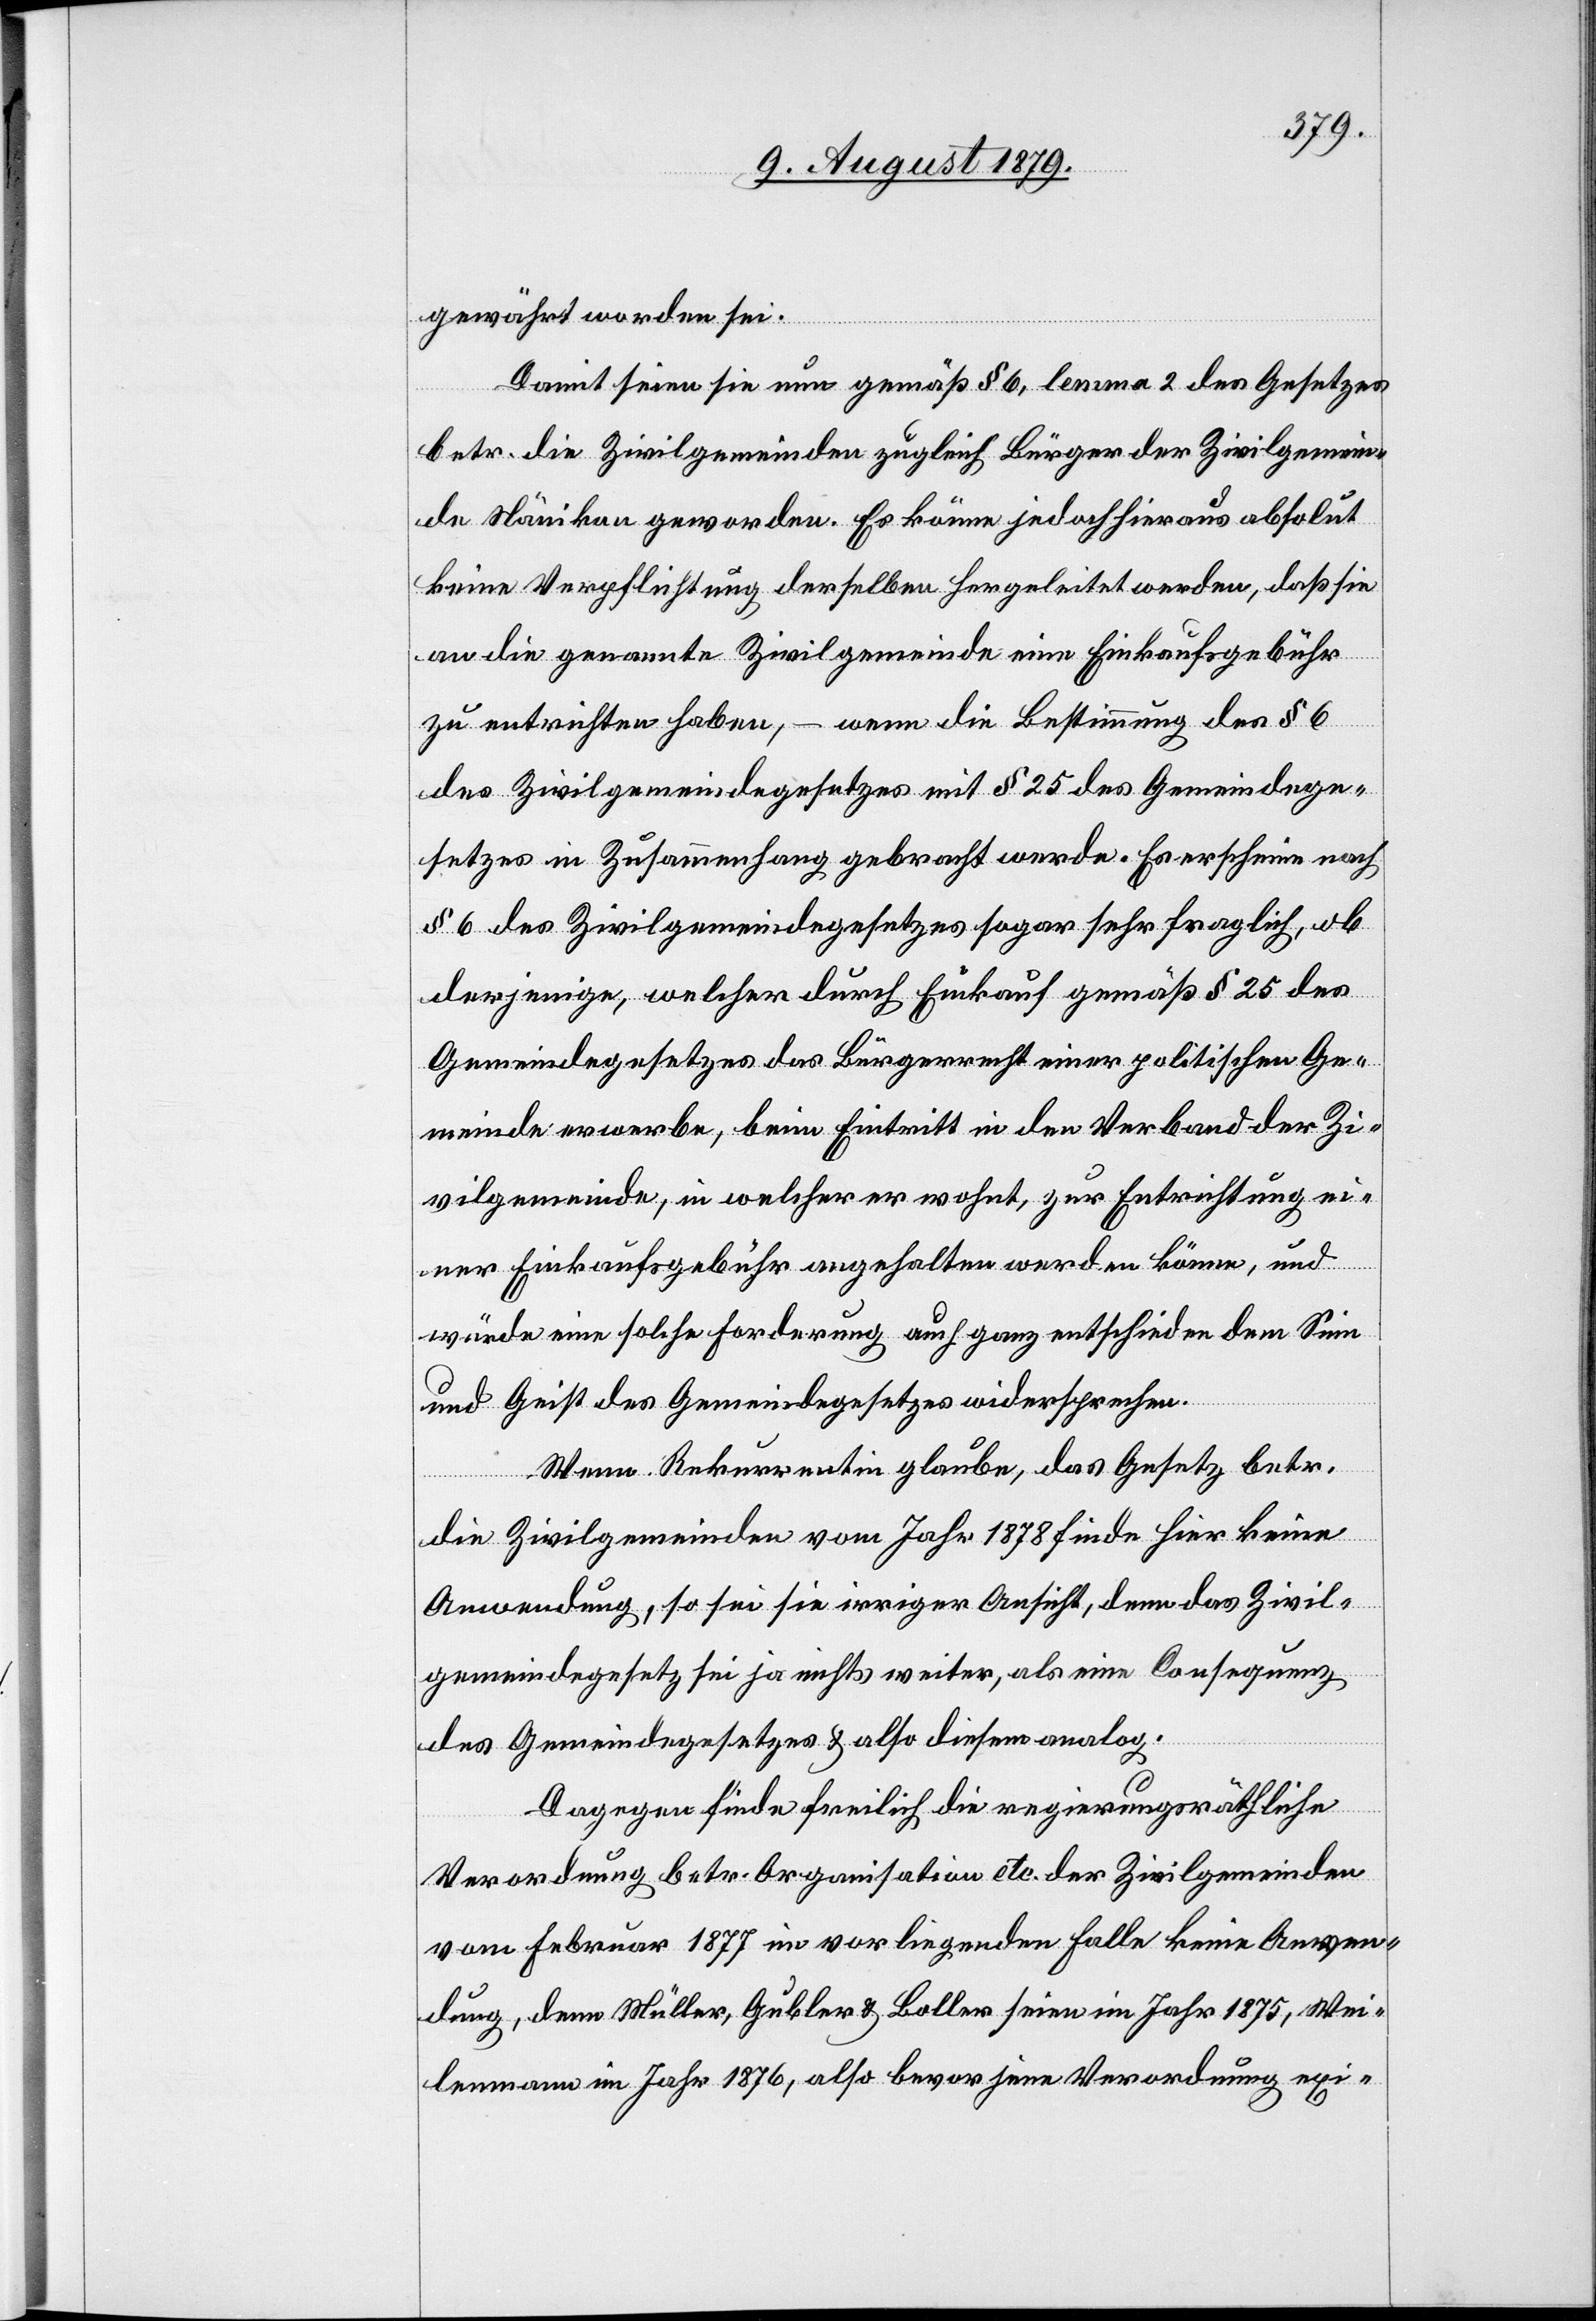
gewährt worden sei.
Damit seien sie nun gemäß § 6, lemma 2 des Gesetzes
betr. die Zivilgemeinden zugleich Bürger der Zivilgemein¬
de Nänikon geworden. Es könne jedoch hieraus absolut
keine Verpflichtung derselben hergeleitet werden, daß sie
an die genannte Zivilgemeinde eine Einkaufsgebühr
zu entrichten haben, – wenn die Bestimmung des § 6
des Zivilgemeindegesetzes mit § 25 des Gemeindege¬
setzes in Zusammenhang gebracht werde. Es erscheine nach
§ 6 des Zivilgemeindegesetzes sogar sehr fraglich, ob
derjenige, welcher durch Einkauf gemäß § 25 des
Gemeindegesetzes das Bürgerrecht einer politischen Ge¬
meinde erwerbe, beim Eintritt in den Verband der Zi¬
vilgemeinde, in welcher er wohnt, zur Entrichtung ei¬
ner Einkaufsgebühr angehalten werden könne, und
würde eine solche Forderung auch ganz entschieden dem Sinn
und Geist des Gemeindegesetzes widersprechen.
Wenn Rekurrentin glaube, das Gesetz betr.
die Zivilgemeinden vom Jahr 1878 finde hier keine
Anwendung, so sei sie irriger Ansicht, denn das Zivil¬
gemeindegesetz sei ja nichts weiter, als eine Consequenz
des Gemeindegesetzes & also diesem analog.
Dagegen finde freilich die regierungsräthliche
Verordnung betr. Organisation etc. der Zivilgemeinden
vom Februar 1877 im vorliegenden Falle keine Anwen¬
dung, denn Müller, Gubler & Boller seien im Jahr 1875, Wei¬
lenmann im Jahr 1876, also bevor jene Verordnung exi-